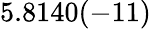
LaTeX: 5.8140(-11)